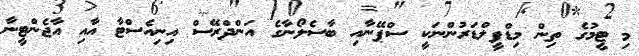
މި ޓީމުގެ ތިން މިޑްފީލްޑަރުންނަކީ ސްޕޭނާއި ބާސެލޯނާގެ އަންދްރޭސް އިނިއެސްޓާ އާއި އާޖެންޓީނާ